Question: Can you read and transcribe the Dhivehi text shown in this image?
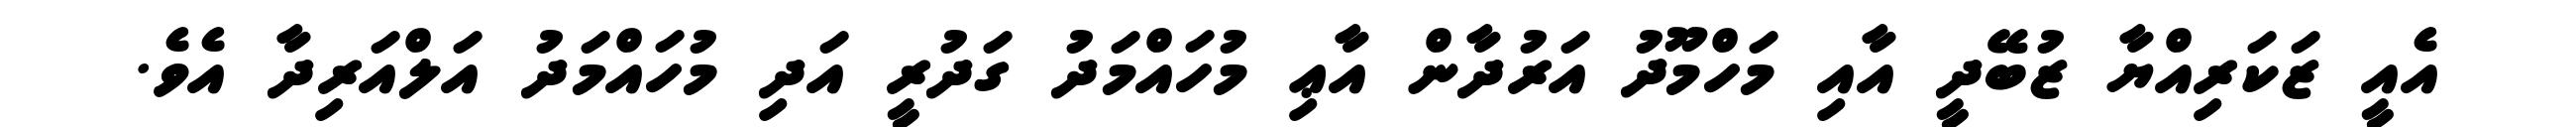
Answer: އެއީ ޒަކަރިއްޔާ ޒުބޭދީ އާއި މަހްމޫދު އަރުދާން އާޢި މުހައްމަދު ގަދުރީ އަދި މުހައްމަދު އަލްއަރިދާ އެވެ.